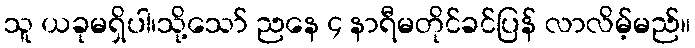
သူ ယခုမရှိပါ၊သို့သော် ညနေ ၄ နာရီမတိုင်ခင်ပြန် လာလိမ့်မည်။